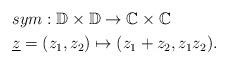
LaTeX: \begin{align*}&sym :\mathbb{D} \times \mathbb{D} \rightarrow \mathbb{C} \times \mathbb{C}\\&\underline{z}=(z_1, z_2) \mapsto (z_1 +z_2, z_1 z_2).\end{align*}